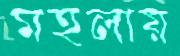
মহলায়